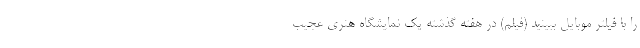
را با فیلتر موبایل ببینید (فیلم) در هفته گذشته یک نمایشگاه هنری عجیب